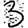
Digit: 3